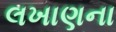
લખાણના